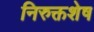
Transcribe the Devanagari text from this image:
निरुक्तशेष